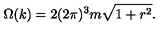
\Omega ( k ) = 2 ( 2 \pi ) ^ { 3 } m \sqrt { 1 + r ^ { 2 } } .